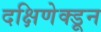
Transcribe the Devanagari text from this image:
दक्षिणेक्डून